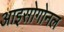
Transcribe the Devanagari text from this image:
आइसोगोनल